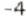
-4